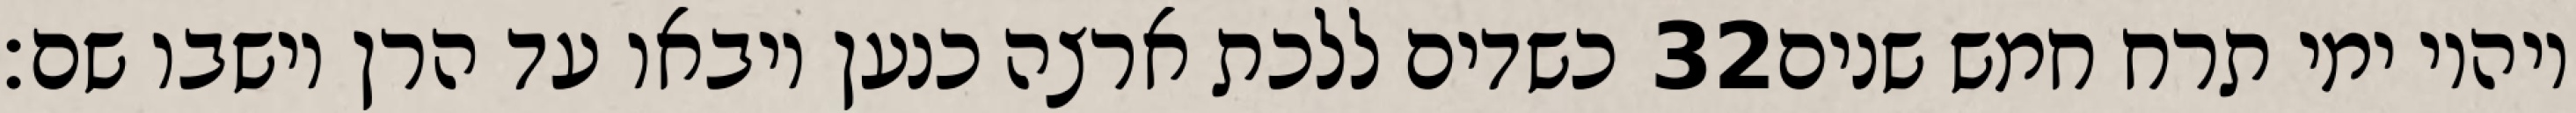
כשדים ללכת ארצה כנען ויבאו עד הרן וישבו שם׃ ‎32‏ ויהיו ימי תרח חמש שנים